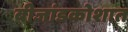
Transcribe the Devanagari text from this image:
बीजांडकोशात